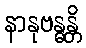
နာနုဗန္ဓန္တိ